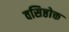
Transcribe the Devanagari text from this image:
वसिष्ठोक्त